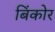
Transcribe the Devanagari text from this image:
बिंकोर